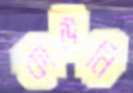
কাউনি